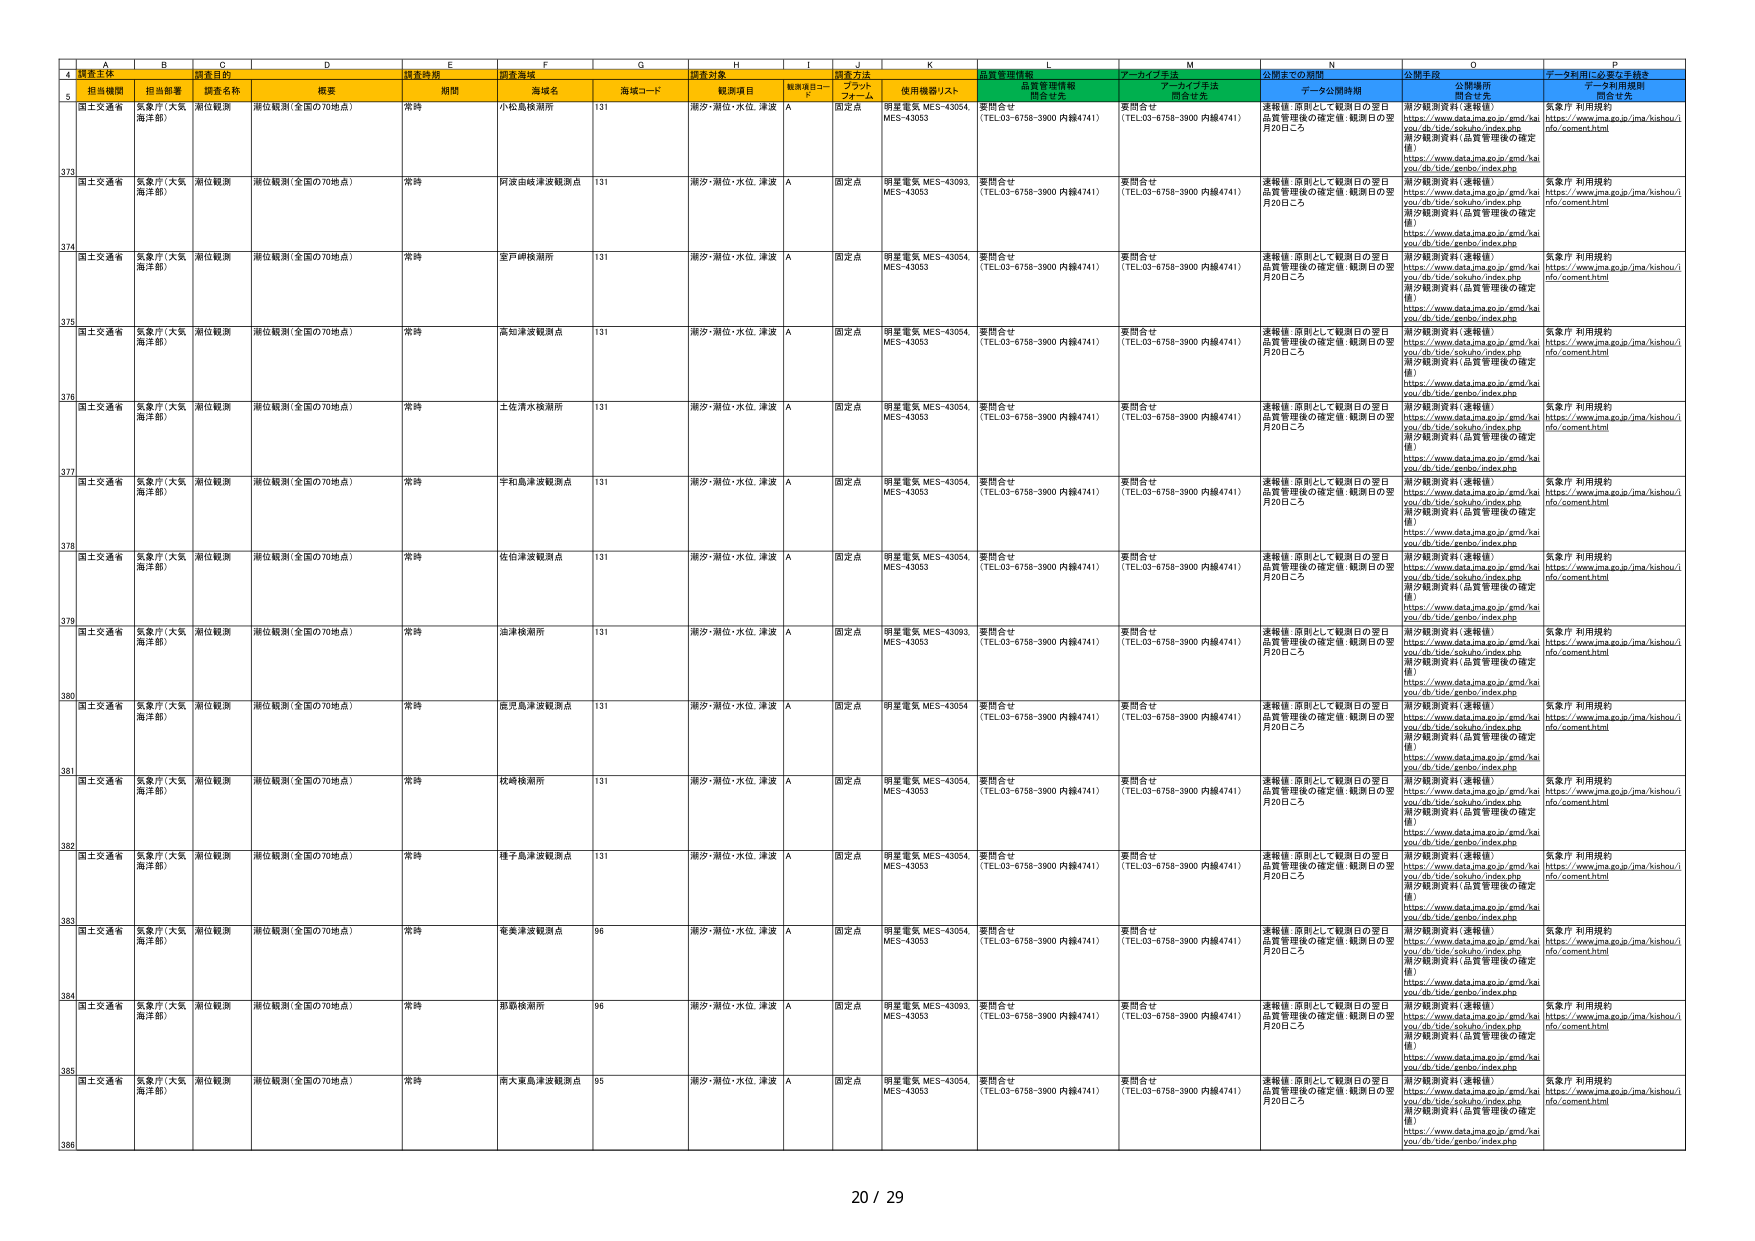
A   B   C   D   E   F   G   H   I   J   K   L   M   N   O   P
4   調査主体   調査目的   調査時期   調査海域   調査対象   調査方法   品質管理情報   アーカイブ手法   公開までの期間   公開手段   データ利用に必要な手続き
5   担当機関   担当部署   調査名称   概要   期間   海域名   海域コード   観測項目   観測項目コード   ブランド フォーム   使用機器/リスト   問合せ先   問合せ先   データ公開時期   公開場所 関連リンク   データ利用規約 問合せ先
373   国土交通省   気象庁（大気 海洋部）   潮位観測   潮位観測（全国の70地点）   常時   小松島検潮所   131   潮汐・潮位・水位、津波   A   固定点   明星電気 MES-43054, MES-43053   要問合せ （TEL.03-6758-3900 内線4741）   要問合せ （TEL.03-6758-3900 内線4741）   連続値（原則として観測日の翌日 品質管理後の確定値：観測日の翌 月20日ごろ   潮汐観測資料（速報値） https://www.data.jma.go.jp/gmd/hai you/db/tide/sokuhou/index.php 潮汐観測資料（品質管理後の確定 値） https://www.data.jma.go.jp/gmd/hai you/db/tide/genbo/index.php   気象庁 利用規約 https://www.jma.go.jp/jma/kishou/i nfo/comment.html
374   国土交通省   気象庁（大気 海洋部）   潮位観測   潮位観測（全国の70地点）   常時   阿波串岐津波観測点   131   潮汐・潮位・水位、津波   A   固定点   明星電気 MES-43093, MES-43053   要問合せ （TEL.03-6758-3900 内線4741）   要問合せ （TEL.03-6758-3900 内線4741）   連続値（原則として観測日の翌日 品質管理後の確定値：観測日の翌 月20日ごろ   潮汐観測資料（速報値） https://www.data.jma.go.jp/gmd/hai you/db/tide/sokuhou/index.php 潮汐観測資料（品質管理後の確定 値） https://www.data.jma.go.jp/gmd/hai you/db/tide/genbo/index.php   気象庁 利用規約 https://www.jma.go.jp/jma/kishou/i nfo/comment.html
375   国土交通省   気象庁（大気 海洋部）   潮位観測   潮位観測（全国の70地点）   常時   室戸岬検潮所   131   潮汐・潮位・水位、津波   A   固定点   明星電気 MES-43054, MES-43053   要問合せ （TEL.03-6758-3900 内線4741）   要問合せ （TEL.03-6758-3900 内線4741）   連続値（原則として観測日の翌日 品質管理後の確定値：観測日の翌 月20日ごろ   潮汐観測資料（速報値） https://www.data.jma.go.jp/gmd/hai you/db/tide/sokuhou/index.php 潮汐観測資料（品質管理後の確定 値） https://www.data.jma.go.jp/gmd/hai you/db/tide/genbo/index.php   気象庁 利用規約 https://www.jma.go.jp/jma/kishou/i nfo/comment.html
376   国土交通省   気象庁（大気 海洋部）   潮位観測   潮位観測（全国の70地点）   常時   高知津波観測点   131   潮汐・潮位・水位、津波   A   固定点   明星電気 MES-43054, MES-43053   要問合せ （TEL.03-6758-3900 内線4741）   要問合せ （TEL.03-6758-3900 内線4741）   連続値（原則として観測日の翌日 品質管理後の確定値：観測日の翌 月20日ごろ   潮汐観測資料（速報値） https://www.data.jma.go.jp/gmd/hai you/db/tide/sokuhou/index.php 潮汐観測資料（品質管理後の確定 値） https://www.data.jma.go.jp/gmd/hai you/db/tide/genbo/index.php   気象庁 利用規約 https://www.jma.go.jp/jma/kishou/i nfo/comment.html
377   国土交通省   気象庁（大気 海洋部）   潮位観測   潮位観測（全国の70地点）   常時   土佐清水検潮所   131   潮汐・潮位・水位、津波   A   固定点   明星電気 MES-43054, MES-43053   要問合せ （TEL.03-6758-3900 内線4741）   要問合せ （TEL.03-6758-3900 内線4741）   連続値（原則として観測日の翌日 品質管理後の確定値：観測日の翌 月20日ごろ   潮汐観測資料（速報値） https://www.data.jma.go.jp/gmd/hai you/db/tide/sokuhou/index.php 潮汐観測資料（品質管理後の確定 値） https://www.data.jma.go.jp/gmd/hai you/db/tide/genbo/index.php   気象庁 利用規約 https://www.jma.go.jp/jma/kishou/i nfo/comment.html
378   国土交通省   気象庁（大気 海洋部）   潮位観測   潮位観測（全国の70地点）   常時   宇和島津波観測点   131   潮汐・潮位・水位、津波   A   固定点   明星電気 MES-43054, MES-43053   要問合せ （TEL.03-6758-3900 内線4741）   要問合せ （TEL.03-6758-3900 内線4741）   連続値（原則として観測日の翌日 品質管理後の確定値：観測日の翌 月20日ごろ   潮汐観測資料（速報値） https://www.data.jma.go.jp/gmd/hai you/db/tide/sokuhou/index.php 潮汐観測資料（品質管理後の確定 値） https://www.data.jma.go.jp/gmd/hai you/db/tide/genbo/index.php   気象庁 利用規約 https://www.jma.go.jp/jma/kishou/i nfo/comment.html
379   国土交通省   気象庁（大気 海洋部）   潮位観測   潮位観測（全国の70地点）   常時   佐伯津波観測点   131   潮汐・潮位・水位、津波   A   固定点   明星電気 MES-43054, MES-43053   要問合せ （TEL.03-6758-3900 内線4741）   要問合せ （TEL.03-6758-3900 内線4741）   連続値（原則として観測日の翌日 品質管理後の確定値：観測日の翌 月20日ごろ   潮汐観測資料（速報値） https://www.data.jma.go.jp/gmd/hai you/db/tide/sokuhou/index.php 潮汐観測資料（品質管理後の確定 値） https://www.data.jma.go.jp/gmd/hai you/db/tide/genbo/index.php   気象庁 利用規約 https://www.jma.go.jp/jma/kishou/i nfo/comment.html
380   国土交通省   気象庁（大気 海洋部）   潮位観測   潮位観測（全国の70地点）   常時   油津検潮所   131   潮汐・潮位・水位、津波   A   固定点   明星電気 MES-43093, MES-43053   要問合せ （TEL.03-6758-3900 内線4741）   要問合せ （TEL.03-6758-3900 内線4741）   連続値（原則として観測日の翌日 品質管理後の確定値：観測日の翌 月20日ごろ   潮汐観測資料（速報値） https://www.data.jma.go.jp/gmd/hai you/db/tide/sokuhou/index.php 潮汐観測資料（品質管理後の確定 値） https://www.data.jma.go.jp/gmd/hai you/db/tide/genbo/index.php   気象庁 利用規約 https://www.jma.go.jp/jma/kishou/i nfo/comment.html
381   国土交通省   気象庁（大気 海洋部）   潮位観測   潮位観測（全国の70地点）   常時   鹿児島津波観測点   131   潮汐・潮位・水位、津波   A   固定点   明星電気 MES-43054, MES-43053   要問合せ （TEL.03-6758-3900 内線4741）   要問合せ （TEL.03-6758-3900 内線4741）   連続値（原則として観測日の翌日 品質管理後の確定値：観測日の翌 月20日ごろ   潮汐観測資料（速報値） https://www.data.jma.go.jp/gmd/hai you/db/tide/sokuhou/index.php 潮汐観測資料（品質管理後の確定 値） https://www.data.jma.go.jp/gmd/hai you/db/tide/genbo/index.php   気象庁 利用規約 https://www.jma.go.jp/jma/kishou/i nfo/comment.html
382   国土交通省   気象庁（大気 海洋部）   潮位観測   潮位観測（全国の70地点）   常時   枕崎検潮所   131   潮汐・潮位・水位、津波   A   固定点   明星電気 MES-43054, MES-43053   要問合せ （TEL.03-6758-3900 内線4741）   要問合せ （TEL.03-6758-3900 内線4741）   連続値（原則として観測日の翌日 品質管理後の確定値：観測日の翌 月20日ごろ   潮汐観測資料（速報値） https://www.data.jma.go.jp/gmd/hai you/db/tide/sokuhou/index.php 潮汐観測資料（品質管理後の確定 値） https://www.data.jma.go.jp/gmd/hai you/db/tide/genbo/index.php   気象庁 利用規約 https://www.jma.go.jp/jma/kishou/i nfo/comment.html
383   国土交通省   気象庁（大気 海洋部）   潮位観測   潮位観測（全国の70地点）   常時   種子島津波観測点   131   潮汐・潮位・水位、津波   A   固定点   明星電気 MES-43054, MES-43053   要問合せ （TEL.03-6758-3900 内線4741）   要問合せ （TEL.03-6758-3900 内線4741）   連続値（原則として観測日の翌日 品質管理後の確定値：観測日の翌 月20日ごろ   潮汐観測資料（速報値） https://www.data.jma.go.jp/gmd/hai you/db/tide/sokuhou/index.php 潮汐観測資料（品質管理後の確定 値） https://www.data.jma.go.jp/gmd/hai you/db/tide/genbo/index.php   気象庁 利用規約 https://www.jma.go.jp/jma/kishou/i nfo/comment.html
384   国土交通省   気象庁（大気 海洋部）   潮位観測   潮位観測（全国の70地点）   常時   鹿児島津波観測点   96   潮汐・潮位・水位、津波   A   固定点   明星電気 MES-43054, MES-43053   要問合せ （TEL.03-6758-3900 内線4741）   要問合せ （TEL.03-6758-3900 内線4741）   連続値（原則として観測日の翌日 品質管理後の確定値：観測日の翌 月20日ごろ   潮汐観測資料（速報値） https://www.data.jma.go.jp/gmd/hai you/db/tide/sokuhou/index.php 潮汐観測資料（品質管理後の確定 値） https://www.data.jma.go.jp/gmd/hai you/db/tide/genbo/index.php   気象庁 利用規約 https://www.jma.go.jp/jma/kishou/i nfo/comment.html
385   国土交通省   気象庁（大気 海洋部）   潮位観測   潮位観測（全国の70地点）   常時   那覇検潮所   96   潮汐・潮位・水位、津波   A   固定点   明星電気 MES-43093, MES-43053   要問合せ （TEL.03-6758-3900 内線4741）   要問合せ （TEL.03-6758-3900 内線4741）   連続値（原則として観測日の翌日 品質管理後の確定値：観測日の翌 月20日ごろ   潮汐観測資料（速報値） https://www.data.jma.go.jp/gmd/hai you/db/tide/sokuhou/index.php 潮汐観測資料（品質管理後の確定 値） https://www.data.jma.go.jp/gmd/hai you/db/tide/genbo/index.php   気象庁 利用規約 https://www.jma.go.jp/jma/kishou/i nfo/comment.html
386   国土交通省   気象庁（大気 海洋部）   潮位観測   潮位観測（全国の70地点）   常時   南大東島津波観測点   95   潮汐・潮位・水位、津波   A   固定点   明星電気 MES-43054, MES-43053   要問合せ （TEL.03-6758-3900 内線4741）   要問合せ （TEL.03-6758-3900 内線4741）   連続値（原則として観測日の翌日 品質管理後の確定値：観測日の翌 月20日ごろ   潮汐観測資料（速報値） https://www.data.jma.go.jp/gmd/hai you/db/tide/sokuhou/index.php 潮汐観測資料（品質管理後の確定 値） https://www.data.jma.go.jp/gmd/hai you/db/tide/genbo/index.php   気象庁 利用規約 https://www.jma.go.jp/jma/kishou/i nfo/comment.html
20 / 29